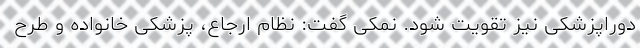
دوراپزشکی نیز تقویت شود. نمکی گفت: نظام ارجاع، پزشکی خانواده و طرح